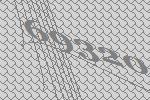
69320